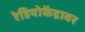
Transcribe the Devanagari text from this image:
रेडियोकेंद्रावर